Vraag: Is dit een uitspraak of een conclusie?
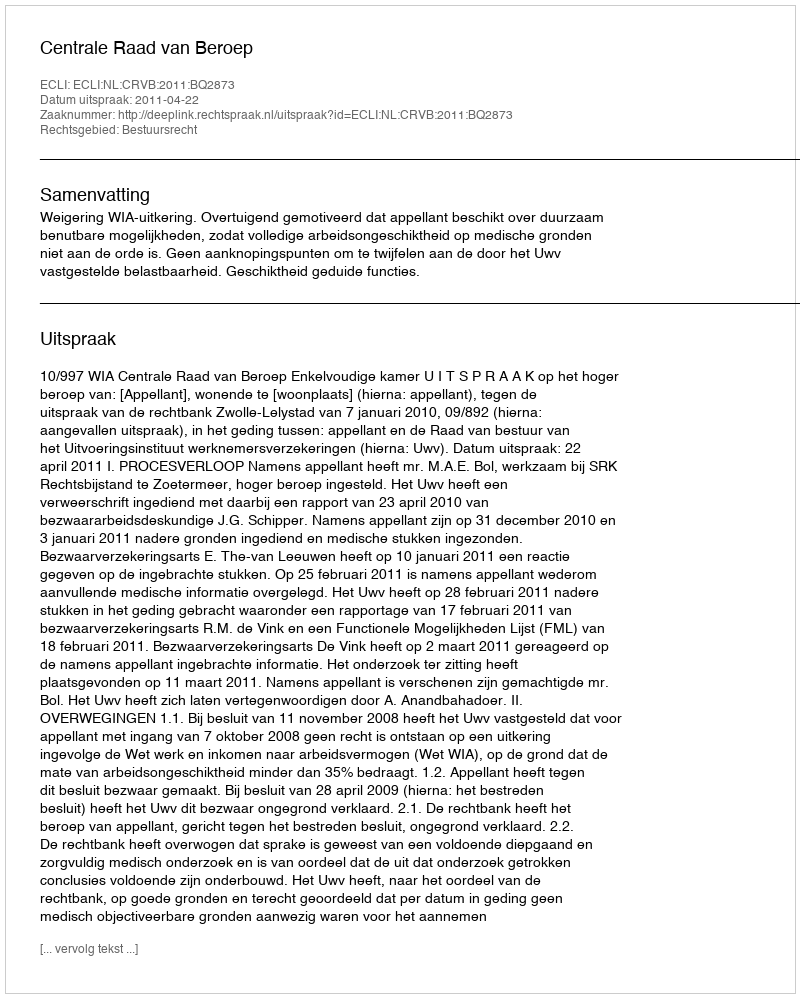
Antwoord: Uitspraak